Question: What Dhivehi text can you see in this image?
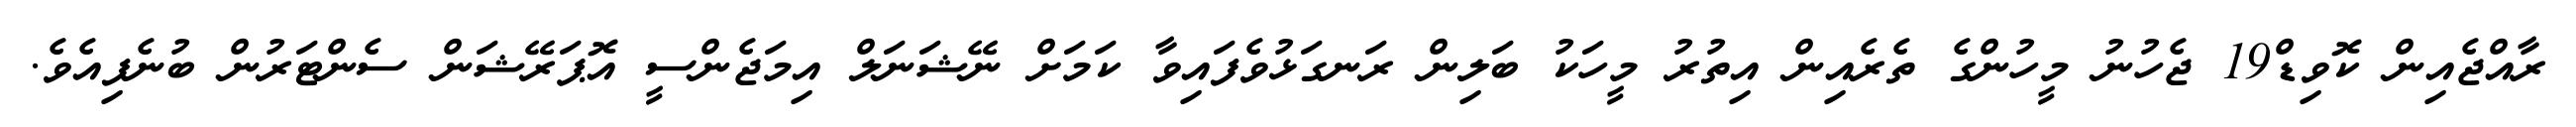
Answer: ރާއްޖެއިން ކޮވިޑް19 ޖެހުނު މީހުންގެ ތެރެއިން އިތުރު މީހަކު ބަލިން ރަނގަޅުވެފައިވާ ކަމަށް ނޭޝަނަލް އިމަޖެންސީ އޮޕަރޭޝަން ސެންޓަރުން ބުނެފިއެވެ.